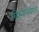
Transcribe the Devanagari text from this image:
ख्रिस्तीधर्मीयांचे